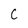
Character: C